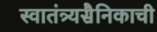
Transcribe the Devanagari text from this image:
स्वातंत्र्यसैनिकाची